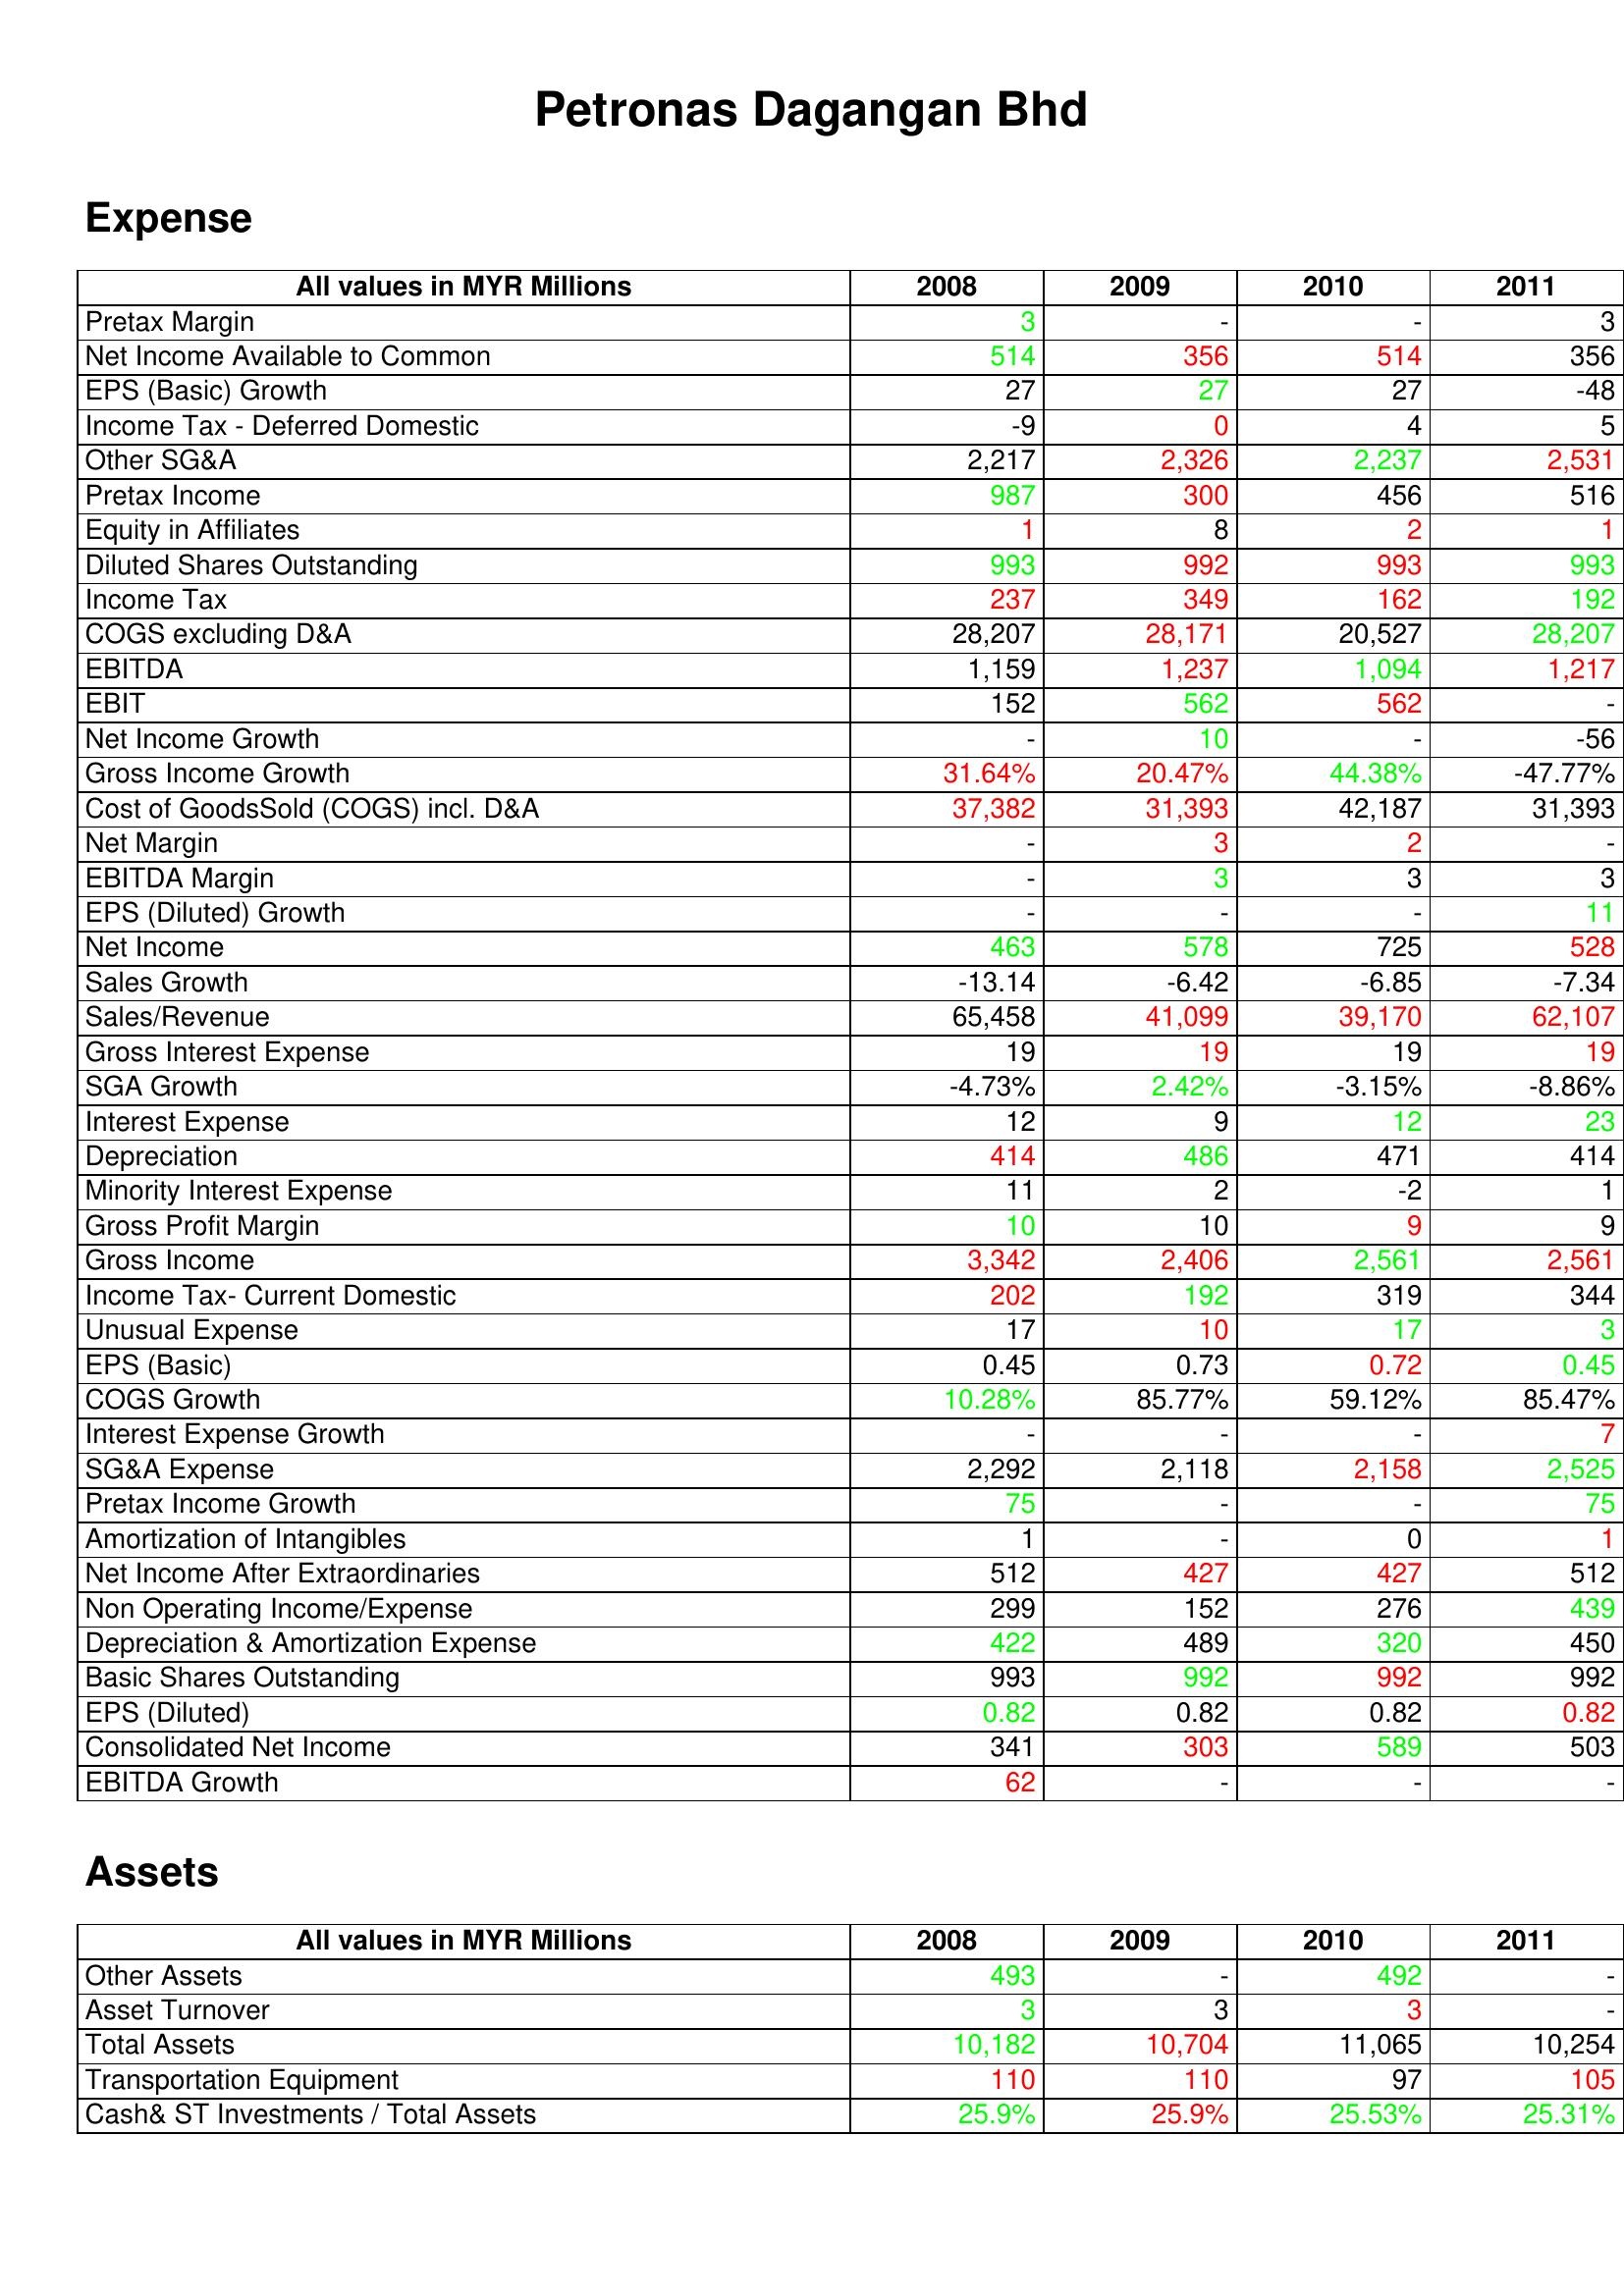
gt_parse: 2008: Expense: Pretax Margin: 3
Net Income Available to Common: 514
EPS (Basic) Growth: 27
Income Tax - Deferred Domestic: -9
Other SG&A: 2,217
Pretax Income: 987
Equity in Affiliates: 1
Diluted Shares Outstanding: 993
Income Tax: 237
COGS excluding D&A: 28,207
EBITDA: 1,159
EBIT: 152
Net Income Growth: -
Gross Income Growth: 31.64%
Cost of GoodsSold (COGS) incl. D&A: 37,382
Net Margin: -
EBITDA Margin: -
EPS (Diluted) Growth: -
Net Income: 463
Sales Growth: -13.14
Sales/Revenue: 65,458
Gross Interest Expense: 19
SGA Growth: -4.73%
Interest Expense: 12
Depreciation: 414
Minority Interest Expense: 11
Gross Profit Margin: 10
Gross Income: 3,342
Income Tax- Current Domestic: 202
Unusual Expense: 17
EPS (Basic): 0.45
COGS Growth: 10.28%
Interest Expense Growth: -
SG&A Expense: 2,292
Pretax Income Growth: 75
Amortization of Intangibles: 1
Net Income After Extraordinaries: 512
Non Operating Income/Expense: 299
Depreciation & Amortization Expense: 422
Basic Shares Outstanding: 993
EPS (Diluted): 0.82
Consolidated Net Income: 341
EBITDA Growth: 62
Assets: Other Assets: 493
Asset Turnover: 3
Total Assets: 10,182
Transportation Equipment: 110
Cash& ST Investments / Total Assets: 25.9%
2009: Expense: Pretax Margin: -
Net Income Available to Common: 356
EPS (Basic) Growth: 27
Income Tax - Deferred Domestic: 0
Other SG&A: 2,326
Pretax Income: 300
Equity in Affiliates: 8
Diluted Shares Outstanding: 992
Income Tax: 349
COGS excluding D&A: 28,171
EBITDA: 1,237
EBIT: 562
Net Income Growth: 10
Gross Income Growth: 20.47%
Cost of GoodsSold (COGS) incl. D&A: 31,393
Net Margin: 3
EBITDA Margin: 3
EPS (Diluted) Growth: -
Net Income: 578
Sales Growth: -6.42
Sales/Revenue: 41,099
Gross Interest Expense: 19
SGA Growth: 2.42%
Interest Expense: 9
Depreciation: 486
Minority Interest Expense: 2
Gross Profit Margin: 10
Gross Income: 2,406
Income Tax- Current Domestic: 192
Unusual Expense: 10
EPS (Basic): 0.73
COGS Growth: 85.77%
Interest Expense Growth: -
SG&A Expense: 2,118
Pretax Income Growth: -
Amortization of Intangibles: -
Net Income After Extraordinaries: 427
Non Operating Income/Expense: 152
Depreciation & Amortization Expense: 489
Basic Shares Outstanding: 992
EPS (Diluted): 0.82
Consolidated Net Income: 303
EBITDA Growth: -
Assets: Other Assets: -
Asset Turnover: 3
Total Assets: 10,704
Transportation Equipment: 110
Cash& ST Investments / Total Assets: 25.9%
2010: Expense: Pretax Margin: -
Net Income Available to Common: 514
EPS (Basic) Growth: 27
Income Tax - Deferred Domestic: 4
Other SG&A: 2,237
Pretax Income: 456
Equity in Affiliates: 2
Diluted Shares Outstanding: 993
Income Tax: 162
COGS excluding D&A: 20,527
EBITDA: 1,094
EBIT: 562
Net Income Growth: -
Gross Income Growth: 44.38%
Cost of GoodsSold (COGS) incl. D&A: 42,187
Net Margin: 2
EBITDA Margin: 3
EPS (Diluted) Growth: -
Net Income: 725
Sales Growth: -6.85
Sales/Revenue: 39,170
Gross Interest Expense: 19
SGA Growth: -3.15%
Interest Expense: 12
Depreciation: 471
Minority Interest Expense: -2
Gross Profit Margin: 9
Gross Income: 2,561
Income Tax- Current Domestic: 319
Unusual Expense: 17
EPS (Basic): 0.72
COGS Growth: 59.12%
Interest Expense Growth: -
SG&A Expense: 2,158
Pretax Income Growth: -
Amortization of Intangibles: 0
Net Income After Extraordinaries: 427
Non Operating Income/Expense: 276
Depreciation & Amortization Expense: 320
Basic Shares Outstanding: 992
EPS (Diluted): 0.82
Consolidated Net Income: 589
EBITDA Growth: -
Assets: Other Assets: 492
Asset Turnover: 3
Total Assets: 11,065
Transportation Equipment: 97
Cash& ST Investments / Total Assets: 25.53%
2011: Expense: Pretax Margin: 3
Net Income Available to Common: 356
EPS (Basic) Growth: -48
Income Tax - Deferred Domestic: 5
Other SG&A: 2,531
Pretax Income: 516
Equity in Affiliates: 1
Diluted Shares Outstanding: 993
Income Tax: 192
COGS excluding D&A: 28,207
EBITDA: 1,217
EBIT: -
Net Income Growth: -56
Gross Income Growth: -47.77%
Cost of GoodsSold (COGS) incl. D&A: 31,393
Net Margin: -
EBITDA Margin: 3
EPS (Diluted) Growth: 11
Net Income: 528
Sales Growth: -7.34
Sales/Revenue: 62,107
Gross Interest Expense: 19
SGA Growth: -8.86%
Interest Expense: 23
Depreciation: 414
Minority Interest Expense: 1
Gross Profit Margin: 9
Gross Income: 2,561
Income Tax- Current Domestic: 344
Unusual Expense: 3
EPS (Basic): 0.45
COGS Growth: 85.47%
Interest Expense Growth: 7
SG&A Expense: 2,525
Pretax Income Growth: 75
Amortization of Intangibles: 1
Net Income After Extraordinaries: 512
Non Operating Income/Expense: 439
Depreciation & Amortization Expense: 450
Basic Shares Outstanding: 992
EPS (Diluted): 0.82
Consolidated Net Income: 503
EBITDA Growth: -
Assets: Other Assets: -
Asset Turnover: -
Total Assets: 10,254
Transportation Equipment: 105
Cash& ST Investments / Total Assets: 25.31%